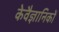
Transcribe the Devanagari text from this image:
केवैज्ञानिकों